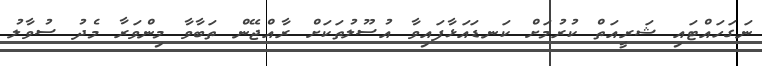
ނަގަހައްޓައި ޝަރީއަތް ކުރުމަށް ކަނޑައަޅާފައިވާ އުސޫލުތަކަށް ރާއްޖޭން ތަބާވާ މިންވަރާ މެދު ސުވާލު